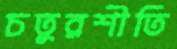
চতুরশীতি